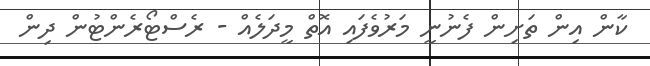
ކާން އިން ތަށިން ފެނުނީ މަރުވެފައި އޮތް މީދަލެއް - ރެސްޓޯރެންޓުން ދިން